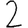
Digit: 2